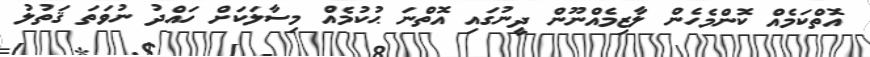
އޮތްކަމެއް ކޮންމެހެން ލާޒިމެއްނޫން ދީނުގައި އޮތްނަ ޙުކުމެއް މިސާލަކަށް ހައްދު ނުވަތަ ޤަތުލު